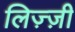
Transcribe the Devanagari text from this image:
लिज़्ज़ी